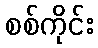
စစ်ကိုင်း